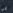
بي